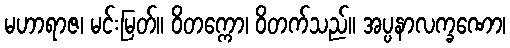
မဟာရာဇ၊ မင်းမြတ်။ ဝိတက္ကော၊ ဝိတက်သည်။ အပ္ပနာလက္ခဏော၊